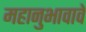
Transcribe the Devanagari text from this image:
महानुभावावे